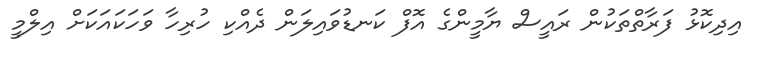
އިދިކޮޅު ފަރާތްތަކުން ރައީސް ޔާމީންގެ އޮފް ކަނޑުވައިލަން ދެއްކި ހުރިހާ ވަހަކައަކަށް އިލްމީ